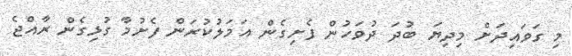
މި ގަވައިދަށް މިދިޔަ ބުދަ ދުވަހުން ފެށިގެން އަމަލުކުރަން ފެށުމާ ގުޅިގެން ރާއްޖެ